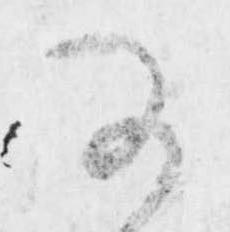
可